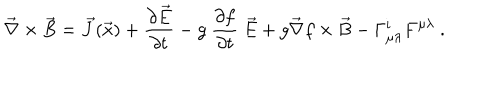
\vec { \nabla } \times \vec { B } = \vec { J } ( \vec { x } ) + \frac { \partial \vec { E } } { \partial t } - g \ \frac { \partial f } { \partial t } \ \vec { E } + g \vec { \nabla } f \times \vec { B } - \Gamma _ { \mu \lambda } ^ { i } F ^ { \mu \lambda } \ .